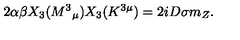
2 \alpha \beta X _ { 3 } ( M ^ { 3 } { } _ { \mu } ) X _ { 3 } ( K ^ { 3 \mu } ) = 2 i D \sigma m _ { Z } .